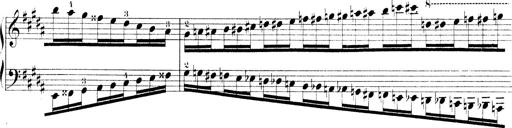
Title: Technische Studien
Composer: Franz Liszt